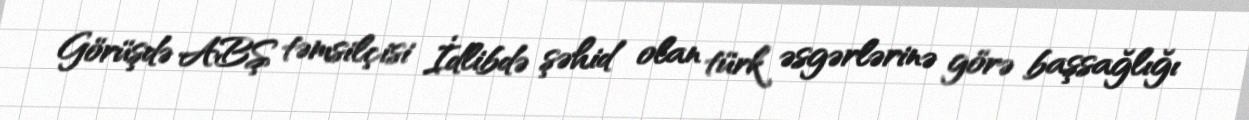
Görüşdə ABŞ təmsilçisi İdlibdə şəhid olan türk əsgərlərinə görə başsağlığı